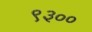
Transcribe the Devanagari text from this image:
९३००